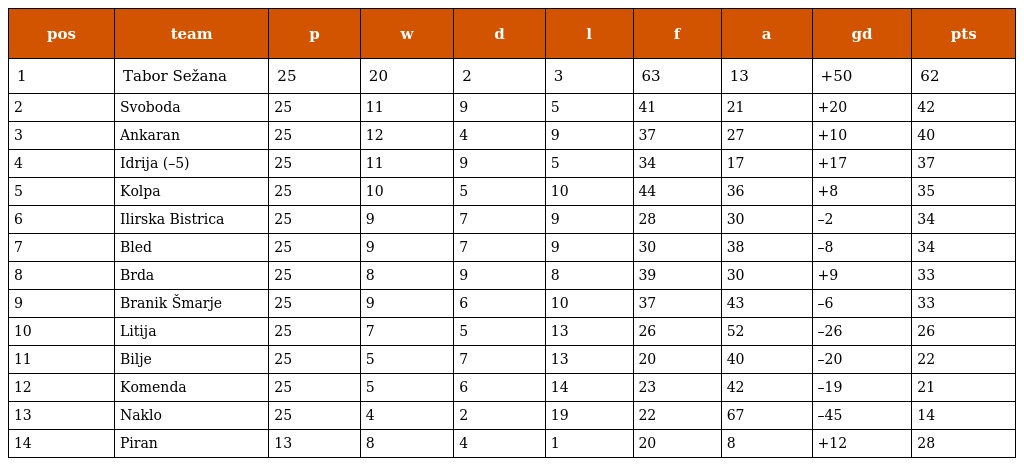
| pos | team | p | w | d | l | f | a | gd | pts |
 | --- | --- | --- | --- | --- | --- | --- | --- | --- | --- |
 | 1 | Tabor Sežana | 25 | 20 | 2 | 3 | 63 | 13 | +50 | 62 |
 | 2 | Svoboda | 25 | 11 | 9 | 5 | 41 | 21 | +20 | 42 |
 | 3 | Ankaran | 25 | 12 | 4 | 9 | 37 | 27 | +10 | 40 |
 | 4 | Idrija (–5) | 25 | 11 | 9 | 5 | 34 | 17 | +17 | 37 |
 | 5 | Kolpa | 25 | 10 | 5 | 10 | 44 | 36 | +8 | 35 |
 | 6 | Ilirska Bistrica | 25 | 9 | 7 | 9 | 28 | 30 | –2 | 34 |
 | 7 | Bled | 25 | 9 | 7 | 9 | 30 | 38 | –8 | 34 |
 | 8 | Brda | 25 | 8 | 9 | 8 | 39 | 30 | +9 | 33 |
 | 9 | Branik Šmarje | 25 | 9 | 6 | 10 | 37 | 43 | –6 | 33 |
 | 10 | Litija | 25 | 7 | 5 | 13 | 26 | 52 | –26 | 26 |
 | 11 | Bilje | 25 | 5 | 7 | 13 | 20 | 40 | –20 | 22 |
 | 12 | Komenda | 25 | 5 | 6 | 14 | 23 | 42 | –19 | 21 |
 | 13 | Naklo | 25 | 4 | 2 | 19 | 22 | 67 | –45 | 14 |
 | 14 | Piran | 13 | 8 | 4 | 1 | 20 | 8 | +12 | 28 |